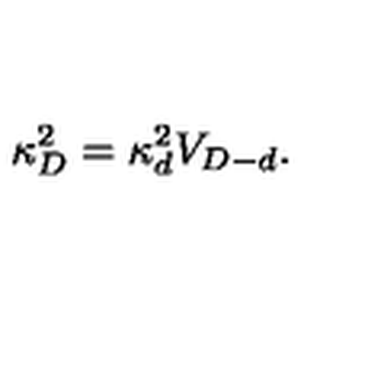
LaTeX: \kappa _ { D } ^ { 2 } = \kappa _ { d } ^ { 2 } V _ { D - d } .